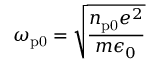
\omega _ { \mathrm { p 0 } } = \sqrt { \frac { n _ { \mathrm { p 0 } } e ^ { 2 } } { m \epsilon _ { 0 } } }